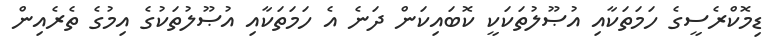
ޑިމޮކްރެސީގެ ހަމަތަކާއި އުޞޫލުތަކަކީ ކޮބައިކަން ދަނެ އެ ހަމަތަކާއި އުޞޫލުތަކުގެ އިމުގެ ތެރެއިން